Vaccination in Bombay 1874-1876 - 1874-1876
Year: 1874
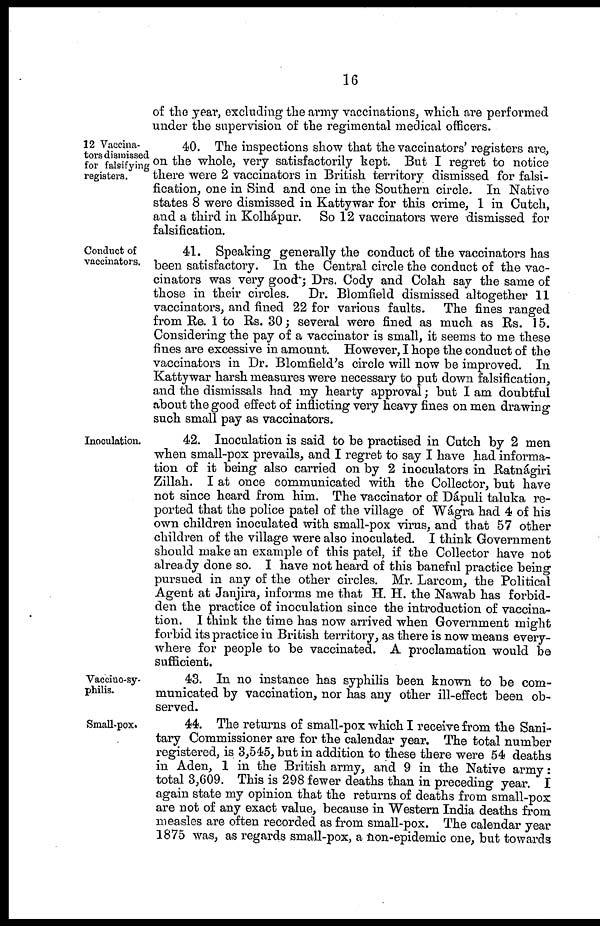
16
of the year, excluding the army vaccinations, which are performed
under the supervision of the regimental medical officers.
12 Vaccina-
tors dismissed
for falsifying
registers.
40. The inspections show that the vaccinators' registers are,
on the whole, very satisfactorily kept. But I regret to notice
there were 2 vaccinators in British territory dismissed for falsi-
fication, one in Sind and one in the Southern circle. In Native
states 8 were dismissed in Kattywar for this crime, 1 in Cutch,
and a third in Kolhápur. So 12 vaccinators were dismissed for
falsification.
Conduct of
vaccinators.
41. Speaking generally the conduct of the vaccinators has
been satisfactory. In the Central circle the conduct of the vac-
cinators was very good'; Drs. Cody and Colah say the same of
those in their circles. Dr. Blomfield dismissed altogether 11
vaccinators, and fined 22 for various faults. The fines ranged
from Re. 1 to Rs. 30; several were fined as much as Rs. 15.
Considering the pay of a vaccinator is small, it seems to me these
fines are excessive in amount. However, I hope the conduct of the
vaccinators in Dr. Blomfield's circle will now be improved. In
Kattywar harsh measures were necessary to put down falsification,
and the dismissals had my hearty approval; but I am doubtful
about the good effect of inflicting very heavy fines on men drawing
such small pay as vaccinators.
Inoculation.
42. Inoculation is said to be practised in Cutch by 2 men
when small-pox prevails, and I regret to say I have had informa-
tion of it being also carried on by 2 inoculators in Ratnágiri
Zillah. I at once communicated with the Collector, but have
not since heard from him. The vaccinator of Dápuli taluka re-
ported that the police patel of the village of Wágra had 4 of his
own children inoculated with small-pox virus, and that 57 other
children of the village were also inoculated. I think Government
should make an example of this patel, if the Collector have not
already done so. I have not heard of this baneful practice being
pursued in any of the other circles. Mr. Larcom, the Political
Agent at Janjira, informs me that H. H. the Nawab has forbid-
den the practice of inoculation since the introduction of vaccina-
tion. I think the time has now arrived when Government might
forbid its practice in British territory, as there is now means every-
where for people to be vaccinated. A proclamation would be
sufficient.
Vaccino-sy¬
philis.
43. In no instance has syphilis been known to be com-
municated by vaccination, nor has any other ill-effect been ob-
served.
Small-pox.
44. The returns of small-pox which I receive from the Sani-
tary Commissioner are for the calendar year. The total number
registered, is 3,545, but in addition to these there were 54 deaths
in Aden, 1 in the British army, and 9 in the Native army:
total 3,609. This is 298 fewer deaths than in preceding year. I
again state my opinion that the returns of deaths from small-pox
are not of any exact value, because in Western India deaths from
measles are often recorded as from small-pox. The calendar year
1875 was, as regards small-pox, a non-epidemic one, but towards